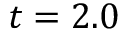
t = 2 . 0